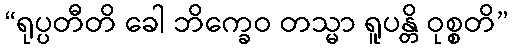
“ရုပ္ပတီတိ ခေါ ဘိက္ခေဝ တသ္မာ ရူပန္တိ ဝုစ္စတိ”